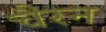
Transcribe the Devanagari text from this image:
चैरन